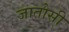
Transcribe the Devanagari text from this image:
जातोसी